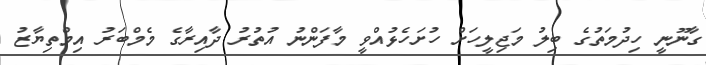
ގާނޫނީ ހިިދުމަތުގެ ބިލު މަޖިލީހަށް ހުށަހެޅުއްވީ މާފަންނު އުތުރު ދާއިރާގެ މެމްބަރު އިމްތިޔާޒު